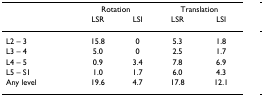
<table><thead><tr><td></td><td colspan="2"><b>Rotation</b></td><td colspan="2"><b>Translation</b></td></tr><tr><td></td><td><b>LSR</b></td><td><b>LSI</b></td><td><b>LSR</b></td><td><b>LSI</b></td></tr></thead><tbody><tr><td>L2 – 3</td><td>15.8</td><td>0</td><td>5.3</td><td>1.8</td></tr><tr><td>L3 – 4</td><td>5.0</td><td>0</td><td>2.5</td><td>1.7</td></tr><tr><td>L4 – 5</td><td>0.9</td><td>3.4</td><td>7.8</td><td>6.9</td></tr><tr><td>L5 – S1</td><td>1.0</td><td>1.7</td><td>6.0</td><td>4.3</td></tr><tr><td>Any level</td><td>19.6</td><td>4.7</td><td>17.8</td><td>12.1</td></tr></tbody></table>